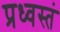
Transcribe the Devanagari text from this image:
प्रध्वस्तं